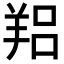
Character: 𦎑